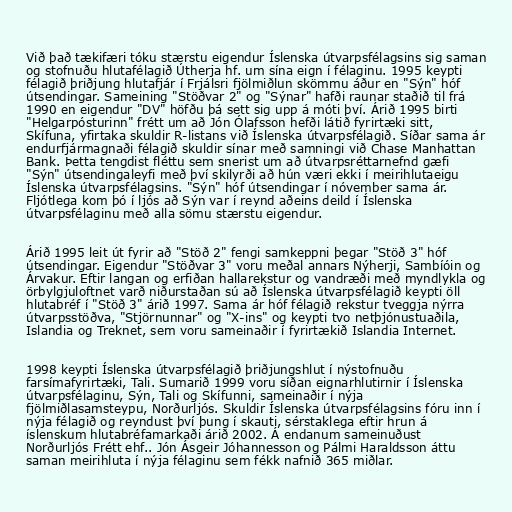
Við það tækifæri tóku stærstu eigendur Íslenska útvarpsfélagsins sig saman
og stofnuðu hlutafélagið Útherja hf. um sína eign í félaginu. 1995 keypti
félagið þriðjung hlutafjár í Frjálsri fjölmiðlun skömmu áður en "Sýn" hóf
útsendingar. Sameining "Stöðvar 2" og "Sýnar" hafði raunar staðið til frá
1990 en eigendur "DV" höfðu þá sett sig upp á móti því. Árið 1995 birti
"Helgarpósturinn" frétt um að Jón Ólafsson hefði látið fyrirtæki sitt,
Skífuna, yfirtaka skuldir R-listans við Íslenska útvarpsfélagið. Síðar sama ár
endurfjármagnaði félagið skuldir sínar með samningi við Chase Manhattan
Bank. Þetta tengdist fléttu sem snerist um að útvarpsréttarnefnd gæfi
"Sýn" útsendingaleyfi með því skilyrði að hún væri ekki í meirihlutaeigu
Íslenska útvarpsfélagsins. "Sýn" hóf útsendingar í nóvember sama ár.
Fljótlega kom þó í ljós að Sýn var í reynd aðeins deild í Íslenska
útvarpsfélaginu með alla sömu stærstu eigendur.

Árið 1995 leit út fyrir að "Stöð 2" fengi samkeppni þegar "Stöð 3" hóf
útsendingar. Eigendur "Stöðvar 3" voru meðal annars Nýherji, Sambíóin og
Árvakur. Eftir langan og erfiðan hallarekstur og vandræði með myndlykla og
örbylgjuloftnet varð niðurstaðan sú að Íslenska útvarpsfélagið keypti öll
hlutabréf í "Stöð 3" árið 1997. Sama ár hóf félagið rekstur tveggja nýrra
útvarpsstöðva, "Stjörnunnar" og "X-ins" og keypti tvo netþjónustuaðila,
Islandia og Treknet, sem voru sameinaðir í fyrirtækið Islandia Internet.

1998 keypti Íslenska útvarpsfélagið þriðjungshlut í nýstofnuðu
farsímafyrirtæki, Tali. Sumarið 1999 voru síðan eignarhlutirnir í Íslenska
útvarpsfélaginu, Sýn, Tali og Skífunni, sameinaðir í nýja
fjölmiðlasamsteypu, Norðurljós. Skuldir Íslenska útvarpsfélagsins fóru inn í
nýja félagið og reyndust því þung í skauti, sérstaklega eftir hrun á
íslenskum hlutabréfamarkaði árið 2002. Á endanum sameinuðust
Norðurljós Frétt ehf.. Jón Ásgeir Jóhannesson og Pálmi Haraldsson áttu
saman meirihluta í nýja félaginu sem fékk nafnið 365 miðlar.